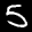
Label: 5